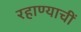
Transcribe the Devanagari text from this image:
रहाण्याचीं